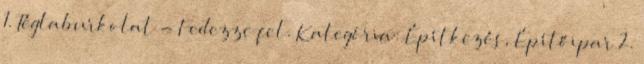
1. Téglaburkolat - Fedezze fel. Kategória: Építkezés, Építőipar 2.